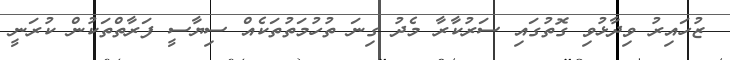
ޒުހައިރު ވިދާޅުވި ގޮތުގައި ސަރުކާރާ މެދު ގިނަ ތުހުމަތުތަކެއް ސިޔާސީ ފަރާތްތަކުން ކުރަނީ